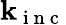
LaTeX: \mathbf{k}_{\mathrm{~i~n~c~}}